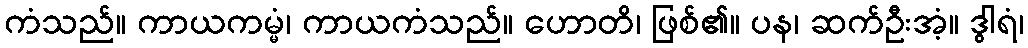
ကံသည်။ ကာယကမ္မံ၊ ကာယကံသည်။ ဟောတိ၊ ဖြစ်၏။ ပန၊ ဆက်ဦးအံ့။ ဒွါရံ၊